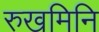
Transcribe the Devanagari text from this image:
रुखमिनि